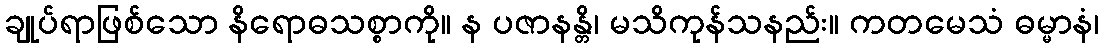
ချုပ်ရာဖြစ်သော နိရောဓသစ္စာကို။ န ပဇာနန္တိ၊ မသိကုန်သနည်း။ ကတမေသံ ဓမ္မာနံ၊